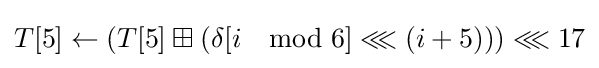
T[5]\leftarrow \left(T[5]\boxplus \left(\delta [i\mod 6]\lll \left(i+5\right)\right)\right)\lll 17